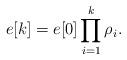
LaTeX: \begin{align*} e[k] = e[0] \prod_{i=1}^{k} \rho_i.\end{align*}